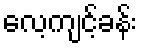
လေ့ကျင့်ခန်း